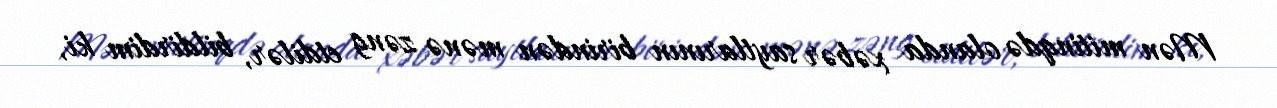
Mən mitinqdə olanda xəbər saytlarının birindən mənə zəng etdilər, bildirdim ki,